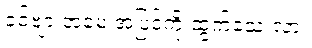
ခင်ဗျားအမေ အပြင်ကို ထွက်သေးလား